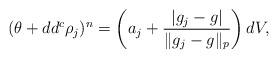
LaTeX: \begin{align*}(\theta +dd^c \rho_j)^n = \left ( a_j+ \frac{|g_j-g|}{\|g_j-g\|_p}\right ) dV,\end{align*}